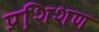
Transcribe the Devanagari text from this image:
प्रशि़शण